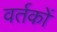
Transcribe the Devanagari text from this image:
वर्तकों